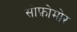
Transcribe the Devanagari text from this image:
सोफ़ोमोर